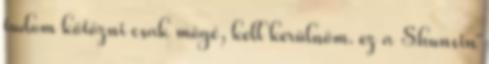
tudom kötözni csak mögé, kell kerülnöm. ez a Shunsin